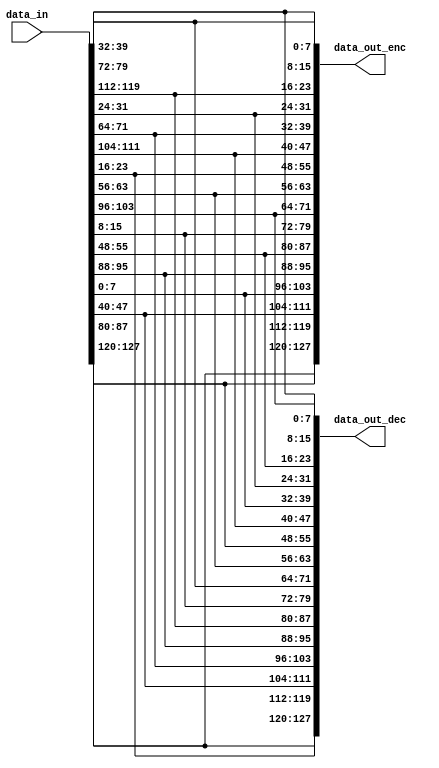
//////////////////////////////////////////////////////////////////
////
////
//// 	AES CORE BLOCK
////
////
////
//// This file is part of the APB to I2C project
////
//// http://www.opencores.org/cores/apbi2c/
////
////
////
//// Description
////
//// Implementation of APB IP core according to
////
//// aes128_spec IP core specification document.
////
////
////
//// To Do: Things are right here but always all block can suffer changes
////
////
////
////
////
//// Author(s): - Felipe Fernandes Da Costa, fefe2560@gmail.com
////		  Julio Cesar 
////
///////////////////////////////////////////////////////////////// 
////
////
//// Copyright (C) 2009 Authors and OPENCORES.ORG
////
////
////
//// This source file may be used and distributed without
////
//// restriction provided that this copyright statement is not
////
//// removed from the file and that any derivative work contains
//// the original copyright notice and the associated disclaimer.
////
////
//// This source file is free software; you can redistribute it
////
//// and/or modify it under the terms of the GNU Lesser General
////
//// Public License as published by the Free Software Foundation;
//// either version 2.1 of the License, or (at your option) any
////
//// later version.
////
////
////
//// This source is distributed in the hope that it will be
////
//// useful, but WITHOUT ANY WARRANTY; without even the implied
////
//// warranty of MERCHANTABILITY or FITNESS FOR A PARTICULAR
////
//// PURPOSE. See the GNU Lesser General Public License for more
//// details.
////
////
////
//// You should have received a copy of the GNU Lesser General
////
//// Public License along with this source; if not, download it
////
//// from http://www.opencores.org/lgpl.shtml
////
////
///////////////////////////////////////////////////////////////////
module shift_rows
(
	//OUTPUTS
	output [127 : 0] data_out_enc,  // Result after Shift Rows operation - enc
	output [127 : 0] data_out_dec,  // Result after Shift Rows operation - dec
	//INPUTS
	input  [127 : 0] data_in        // Input Bus
);

localparam integer BUS_WIDTH = 128;  // Bus Width
localparam integer ST_WORD   =   8;  // Data Size of word in State MAtrix
localparam integer ST_LINE   =   4;  // Number of Lines of State Matrix
localparam integer ST_COL    =   4;  // Number of Columns of State Matrix

wire [ST_WORD - 1 : 0] state[0 : ST_LINE - 1][0 : ST_COL - 1];
wire [ST_WORD - 1 : 0] state_sft_l[0 : ST_LINE - 1][0 : ST_COL - 1];
wire [ST_WORD - 1 : 0] state_sft_r[0 : ST_LINE - 1][0 : ST_COL - 1];

//=====================================================================================
// State Matrix generation
//=====================================================================================
generate
	genvar l,c;
	for(l = 0; l < ST_LINE; l = l + 1)
	begin:SMG
		for(c = 0; c < ST_COL; c = c + 1)
		begin:BLOCK
			assign state[l][c] = data_in[ST_WORD*((ST_COL - c)*ST_LINE - l) - 1 : ST_WORD*((ST_COL - c)*ST_LINE - l - 1)];
		end
	end
endgenerate

//=====================================================================================
// Shift Row operation
//=====================================================================================
generate
	genvar l1,c1;
	for(l1 = 0; l1 < ST_LINE; l1 = l1 + 1)
	begin:SRO
		for(c1 = 0; c1 < ST_COL; c1 = c1 + 1)
			begin:BLOCK
				assign state_sft_l[l1][c1] = state[l1][(c1 + l1)%ST_COL];
				assign state_sft_r[l1][c1] = state[l1][(c1 + (ST_COL - l1))%ST_COL];
			end
	end
endgenerate

//=====================================================================================
// State Matrix to Bus Output Transformation
//=====================================================================================
generate
	genvar l2,c2;
	for(l2 = 0; l2 < ST_LINE; l2 = l2 + 1)
	begin:SMBOT
		for(c2 = 0; c2 < ST_COL; c2 = c2 + 1)
			begin:BLOCK
				assign data_out_enc[ST_WORD*((ST_COL - c2)*ST_LINE - l2) - 1 : ST_WORD*((ST_COL - c2)*ST_LINE - l2 - 1)] = state_sft_l[l2][c2];
				assign data_out_dec[ST_WORD*((ST_COL - c2)*ST_LINE - l2) - 1 : ST_WORD*((ST_COL - c2)*ST_LINE - l2 - 1)] = state_sft_r[l2][c2];
			end
	end
endgenerate
endmodule